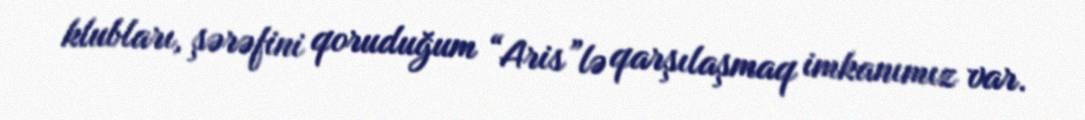
klubları, şərəfini qoruduğum “Aris”lə qarşılaşmaq imkanımız var.